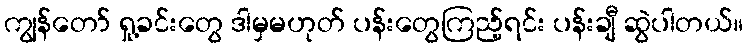
ကျွန်တော် ရှု့ခင်းတွေ ဒါမှမဟုတ် ပန်းတွေကြည့်ရင်း ပန်းချီ ဆွဲပါတယ်။